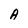
Character: A